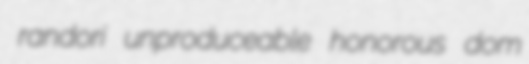
randori unproduceable honorous dom